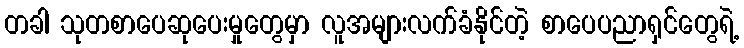
တခါ သုတစာပေဆုပေးမှုတွေမှာ လူအများလက်ခံနိုင်တဲ့ စာပေပညာရှင်တွေရဲ့